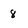
Character: 8